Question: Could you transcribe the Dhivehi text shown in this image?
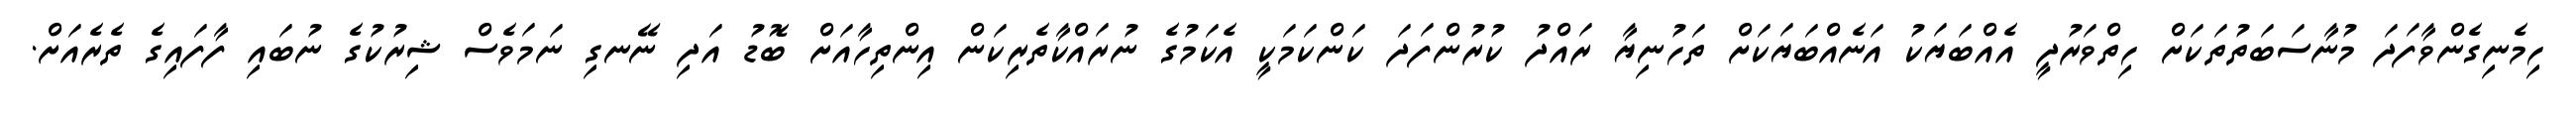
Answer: ހިމެނިގެންވާފަދަ މުނާސަބަތުތަކަށް ހިތްވަރުދީ އެއްބަޔަކު އަނެއްބަޔަކަށް ތަހުނިޔާ ރައްދު ކުރުންފަދަ ކަންކަމަކީ އެކަމުގެ ނުރައްކާތެރިކަން އިންތިހާއަށް ބޮޑު އަދި ނޭނގި ނަމަވެސް ޝިރުކުގެ ނުބައި ފާފައިގެ ތެރެއަށް.